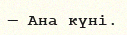
— Ана күні.